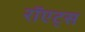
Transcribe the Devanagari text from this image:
रॉएट्स